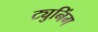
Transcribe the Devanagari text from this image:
ट्युनिंग